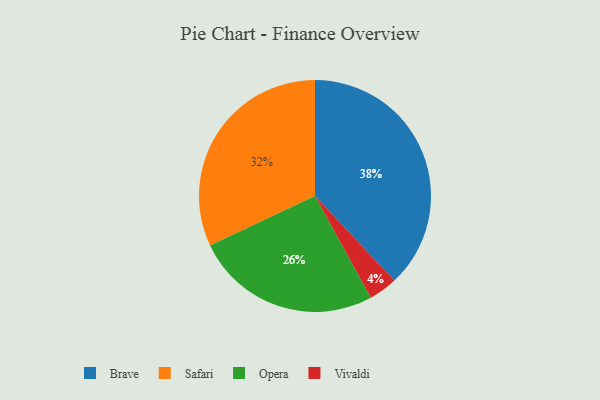
{"axis": {"x": "Category", "y": "Percentage"}, "legend": ["Brave", "Opera", "Safari", "Vivaldi"], "data": [{"x": "Brave", "y": 38, "type": "Brave"}, {"x": "Vivaldi", "y": 4, "type": "Vivaldi"}, {"x": "Safari", "y": 32, "type": "Safari"}, {"x": "Opera", "y": 26, "type": "Opera"}]}